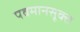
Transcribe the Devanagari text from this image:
पवमानसूक्त